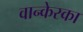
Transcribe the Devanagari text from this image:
वान्केस्का